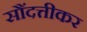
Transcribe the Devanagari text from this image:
सौंदत्तीकर